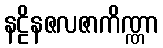
နဠိနဇလဇာကိဏ္ဏာ